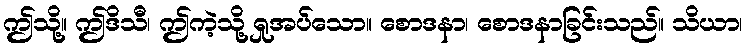
ဤသို့။ ဤဒိသီ၊ ဤကဲ့သို့ ရှုအပ်သော။ စောဒနာ၊ စောဒနာခြင်းသည်။ သိယာ၊